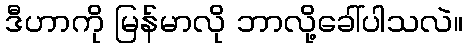
ဒီဟာကို မြန်မာလို ဘာလို့ခေါ်ပါသလဲ။